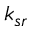
k _ { s r }